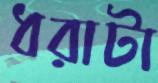
ধরাটা